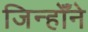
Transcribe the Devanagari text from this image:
जिन्होँने